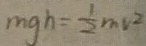
m g h = \frac { 1 } { 2 } m v ^ { 2 }